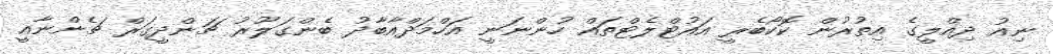
ނިއު ދިއްލީގެ އިތުރުން ކޮކޯބެރީ އައުޓްލެޓްތައް ހުންނަނީ އަހްމަދްއާބާދު ބެންގަލޫރު ޗަންދީގަރް ޗެންނާއީ